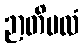
ဉာတိဗလံ